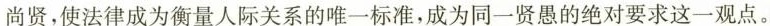
尚贤，使法律成为衡量人际关系的唯一标准，成为同一贤愚的绝对要求这一观点。